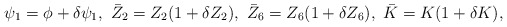
\begin{align*}\psi_1 = \phi + \delta \psi_1,\ \bar{Z}_2 = Z_2 (1 + \delta Z_2),\ \bar{Z}_6 = Z_6 (1 + \delta Z_6),\ \bar{K} = K (1 + \delta K),\end{align*}